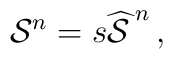
\mathcal{S}^n=s\widehat{\mathcal{S}\,}^n\,,